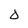
Character: D